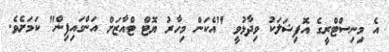
އެ މިނިސްޓްރީގެ އޮފިޝަލަކު ވިދާޅުވީ "އެކަން މިހާރު ޔޮޓް ޓްއާޒަށް އަންގައިފިން" ކަމަށެވެ.